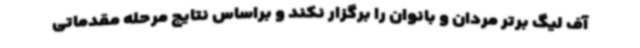
آف لیگ برتر مردان و بانوان را برگزار نکند و براساس نتایج مرحله مقدماتی